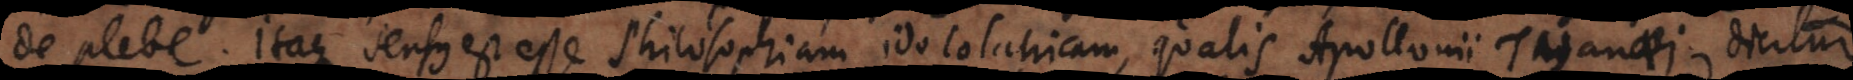
de plebe. Itaque sensus est esse Philosophiam idololatricam, qualis Apollonii Tyanaei dicitur